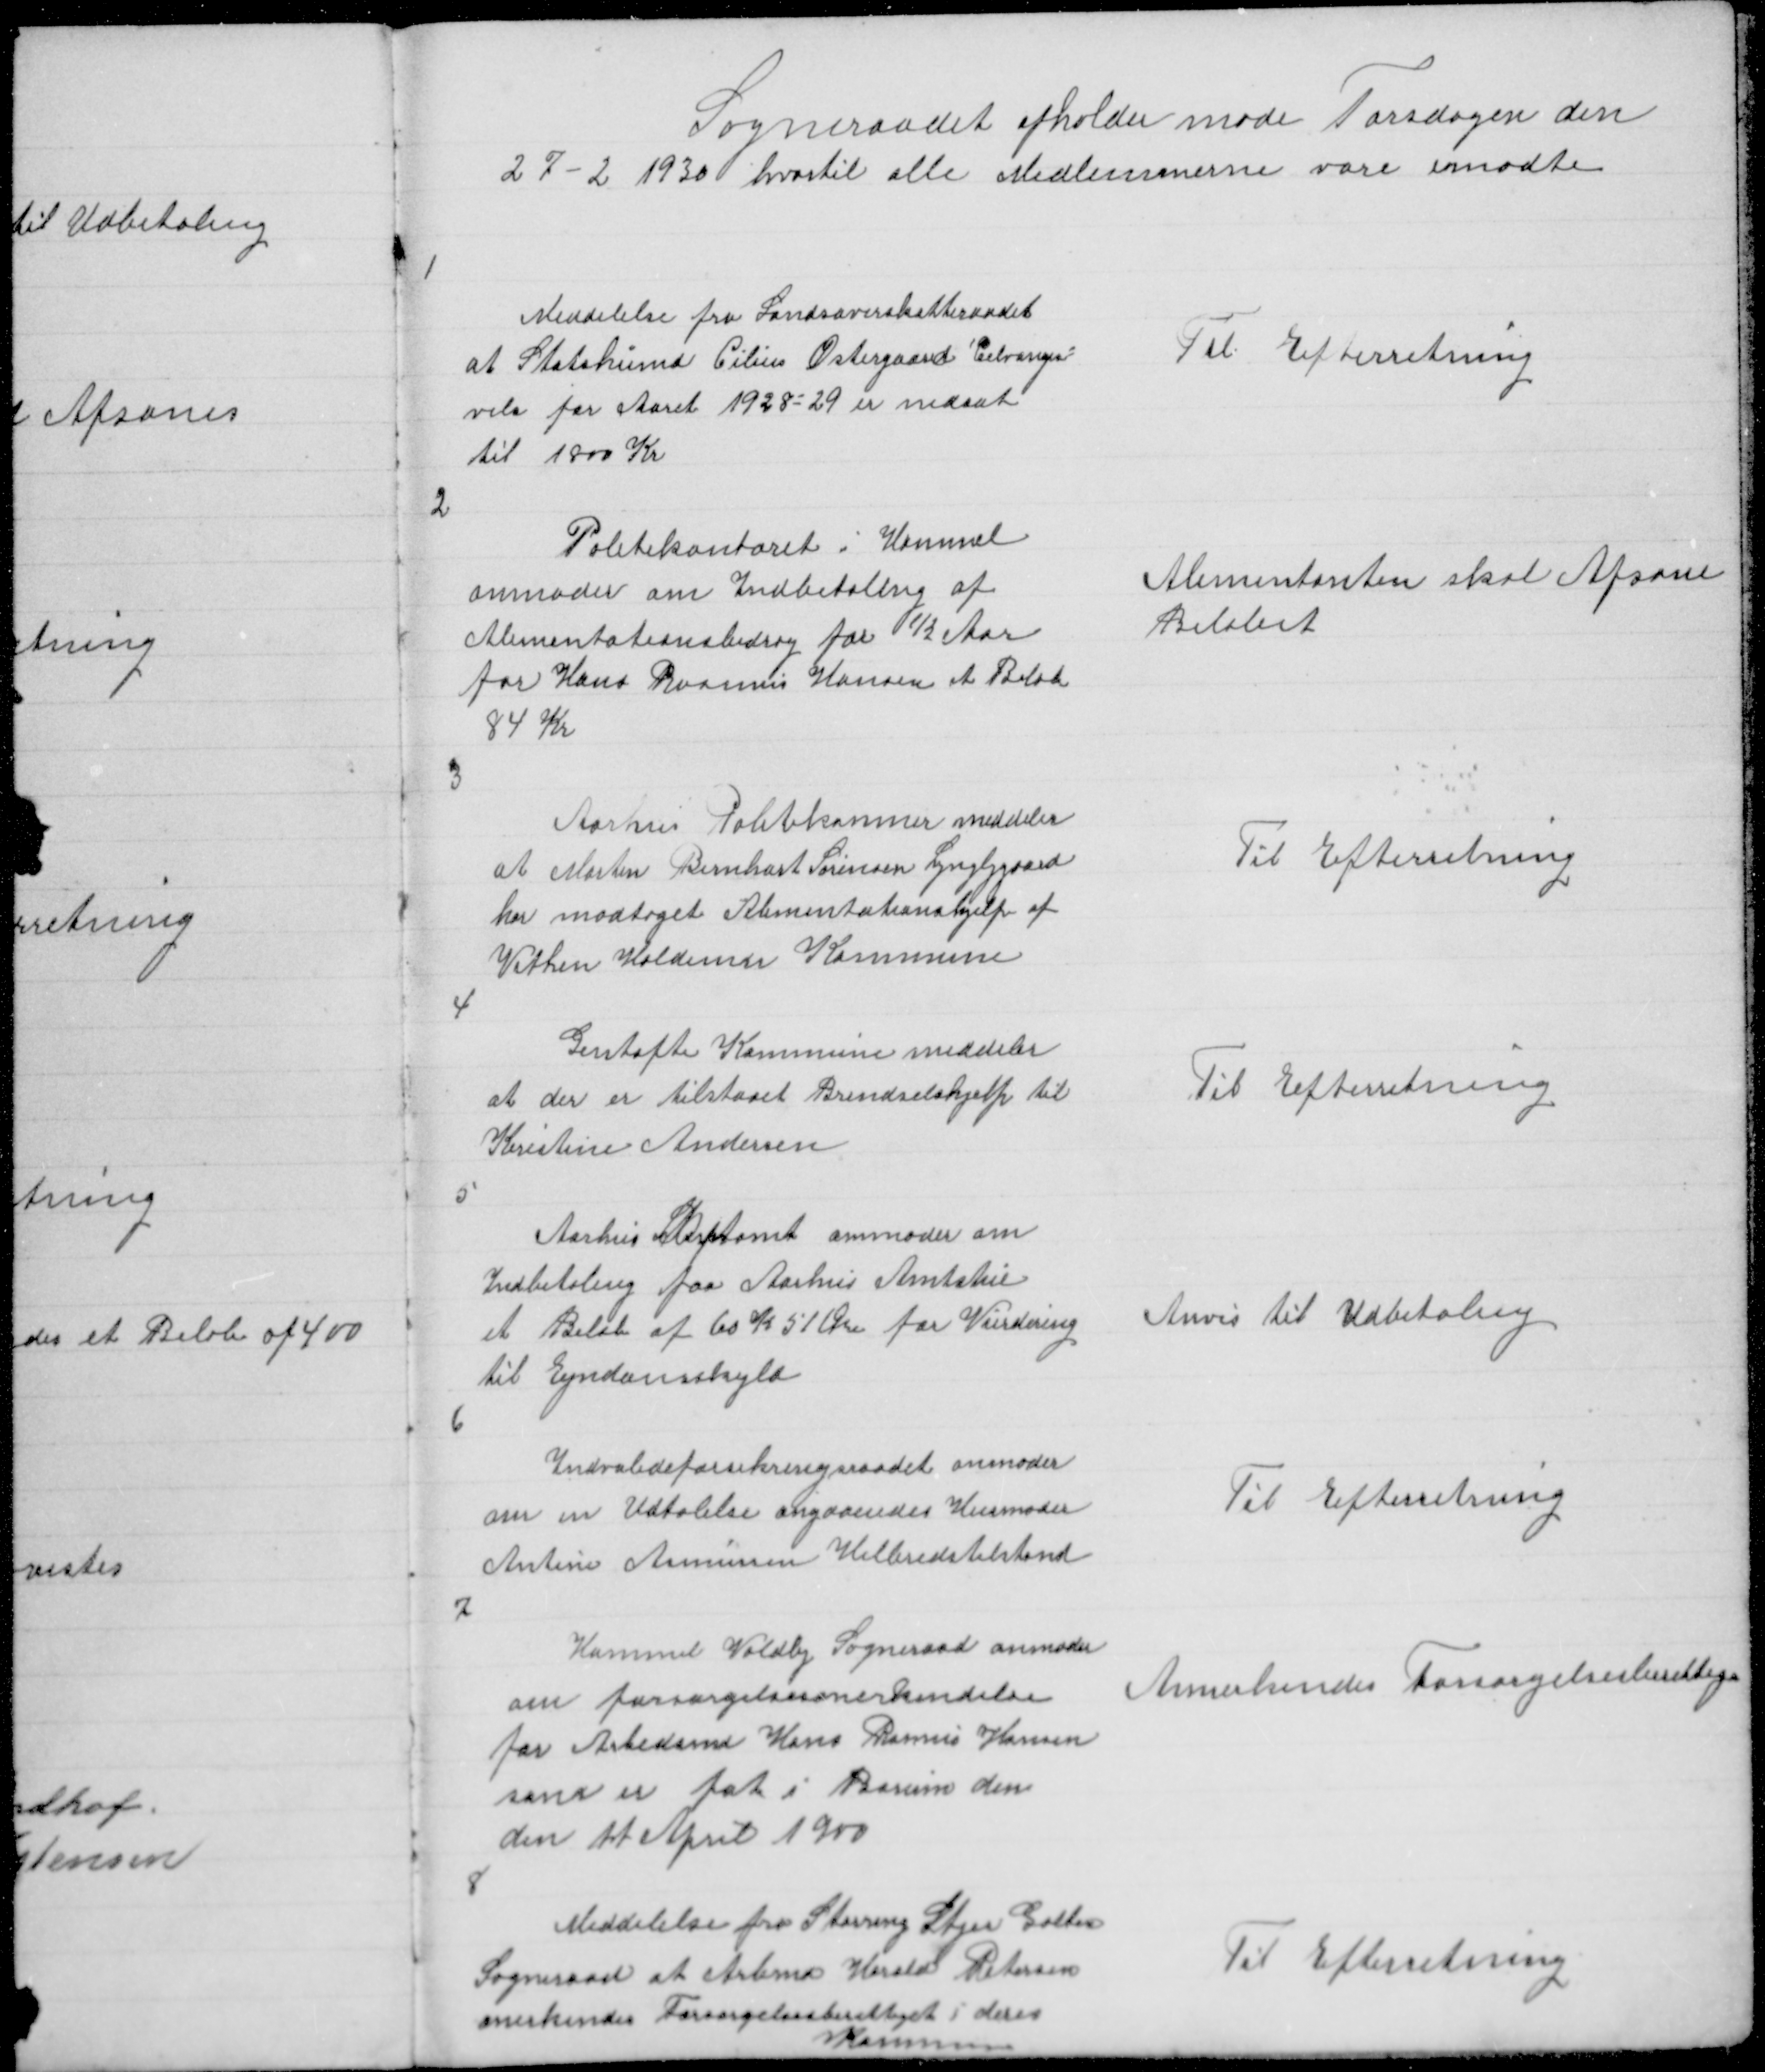
Transskription:
Sogneraadet afholder Møde Torsdagen den
27 - 2 hvortil alle Medlemmerne vare mødte

1

Meddelelse fra Landsoverskatteraadet
at Statshumd Cilius Østergaard Celvangi =
vels for Aaret 1928 = 29 er nedsat
til 1800 Kr

Til Efterretning

2

Politikontoret i Hammel
anmoder om Indbetaling af
Alimentationsbidrag for ½ Aar
for Hans Rasmus Hansen et Beløb
84 Kr

Alimentanten skal Afsone
Beløbet

3

Aarhus Politikammer meddeler
at Martin Bernhart Sørensen Lyngbygaard
har modtaget Alimentationshjelp af
Vithen Haldums Kommune

Til Efterretning

4

Gentofte Kommune meddeler
at der er tilstaaet Brendselshjelp til
Kristine Andersen

Til Efterretning

5

Aarhus Stiftamt anmoder om
Indbetaling paa Aarhus Amtstue
et Beløb af 60 K 51 Øre for Vurdering
til Ejndomsskyld

Anvis til Udbetaling

6

Indvalideforsikringsraadet anmoder
om en Udtalelse angaaendes Husmoder
Antine Asmussen Helbredstilstand

Til Efterretning

7

Hammel Voldby Sogneraad anmoder
om forsørgelsesanerkendelse
for Arbedsmd Hans Rasmus Hansen
som er føt i Borum den
den 11 April 1900

Annerkendes Forsørgelsesberettige

8

Meddelelse fra Storring Stjer Galten
Sogneraad at Arbmd Harald Petersen
anerkendes Forsørgelsesberettiget i deres
Kommune

Til Efterretning